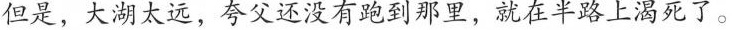
但是，大湖太远，夸父还没有跑到那里，就在半路上渴死了。